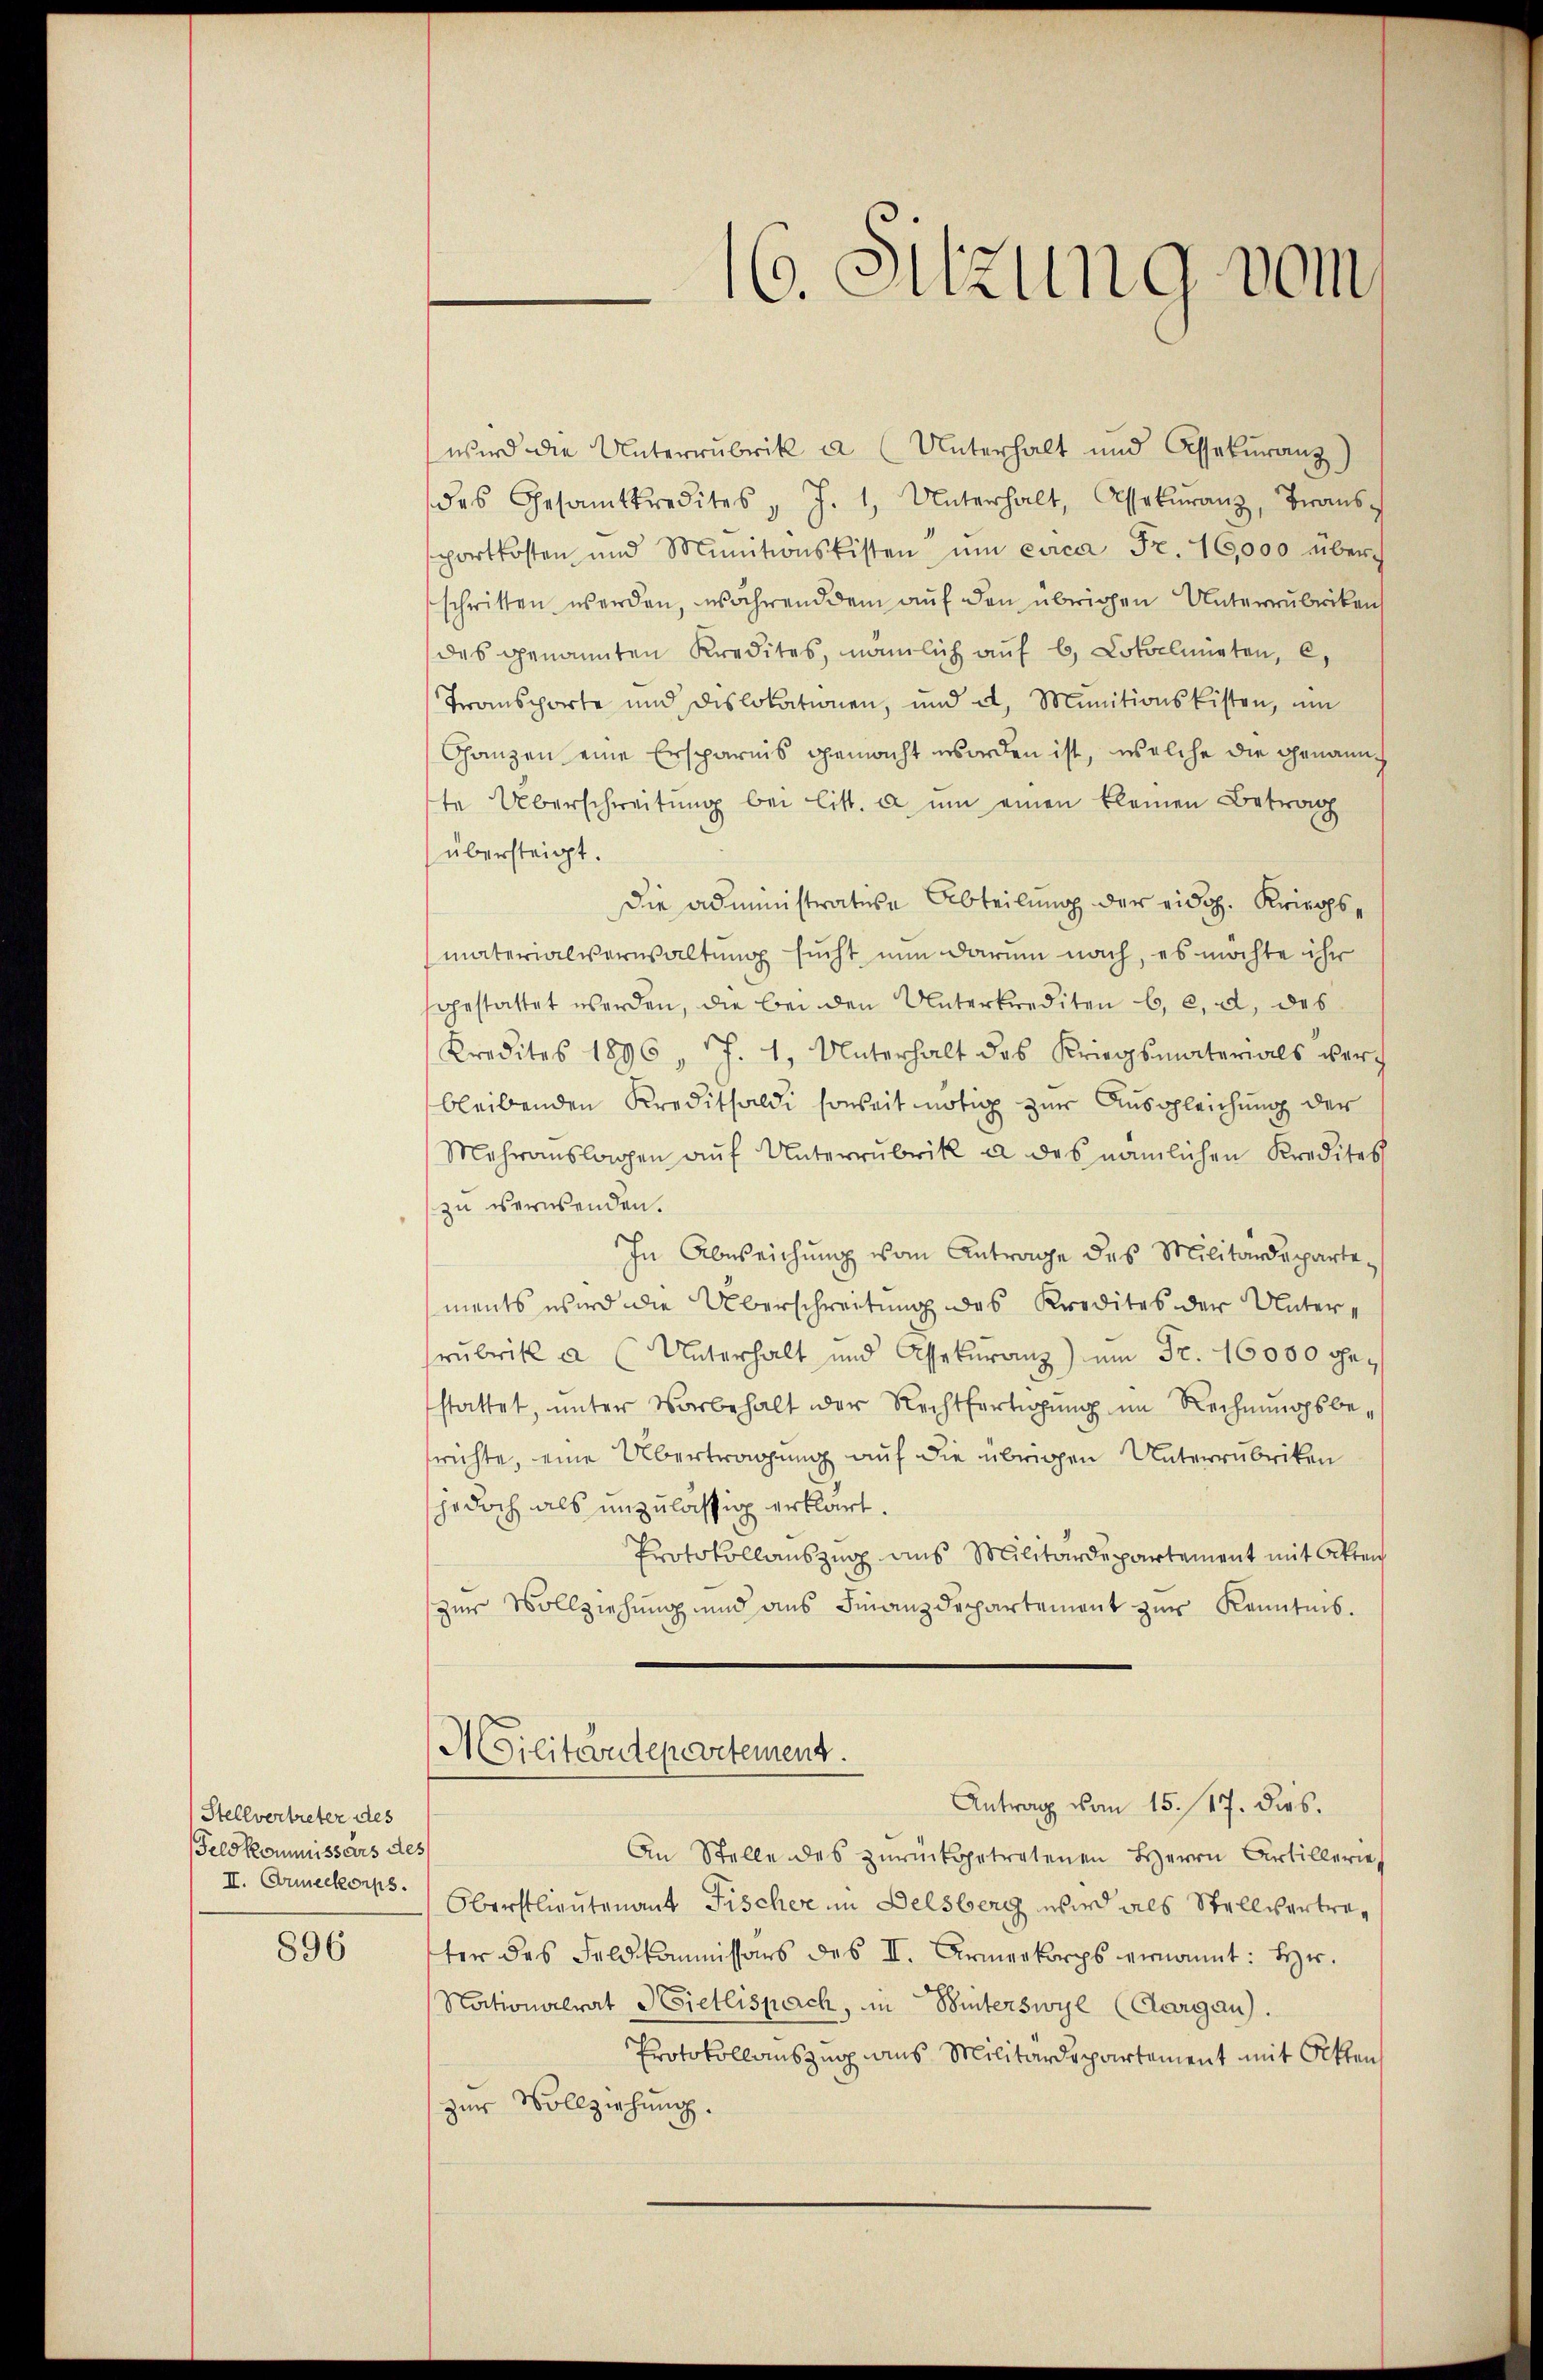
Stellvertreter des
Feld kommissärs des
II. Armeekorps.

896

16. Sitzung vom

wird die Unterrubrik a. (Unterhalt und Assekŭranz
des Gesamtkredites " J. 1. Unterhalt, Assekŭranz, Trans
sportkosten und Munitionskisten ŭm circa Fr. 16,000 überschritten werden, während dem auf den übrigen Unterrubriken
das genannten Kredites, nämlich auf 6, Lotoelminten, e
Transporte und Dislokationen, und a., Munitionskisten, ŭm
Ganzen eine Ersparnis gemacht worden ist, welche die Genannte Überschreitŭng bei litt. u ŭm einen kleinen Betrag
übersteigt.
Die administrative Abteilung der eidg. Kriegs,
materialverwaltung sucht nun darum nach, es möchte ihr
sgestattet werden, die bei den Unterkrediten C. c. d. des
Kredites 1896, J. 1, Unterhalt des Kriegsmaterials durch
bleibenden Kreditsaldi sonseit nötig zur Ausgleichung der
Mehraŭslagen aŭf Unterrubrik a des nämlichen Kredites
zu verwenden.
In Abweichung vom Antrage des Militärdepartements wird die Überschreitung des Kredites der Unterrubrik a (Unterhalt und Assekŭranz) um Fr. 16000 gestattet, ŭnter Vorbehalt der Rechtfertigung im Rechnungsbesrichte, eine Übertragung auf die übrigen Unterrubriken
jedoch als unzulässig erklärt.
Protokollauszug aus Militärdepartement mit Atten
zur Vollziehung und aus Finanzdepartement zur Kenntnis.
ASilitärdepartement.
Antrag vom 15. 117. dies.
An Stelle des zurückgetretenen Herrn Artillerie
Oberstlieutenant Fischer im Delsberg wird als Stellvertreter des Feldkommissärs des II. Armeekorps vernannt: Hr.
Nationalrat Dietlispach, in Winterswyl (Aargau).
Protokollauszug aus Militärdepartement mit Otten
zur Vollziehung.